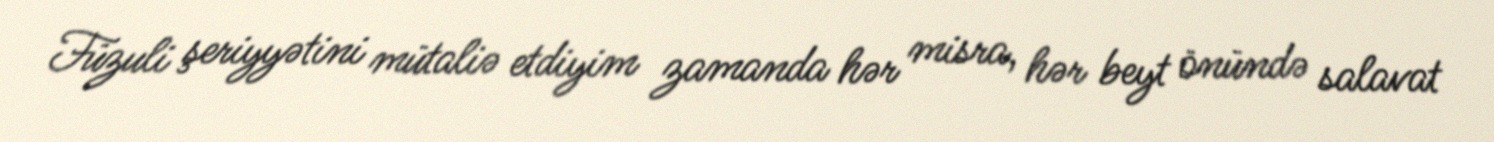
Füzuli şeriyyətini mütaliə etdiyim zamanda hər misra, hər beyt önündə salavat